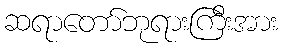
ဆရာတော်ဘုရားကြီးအား